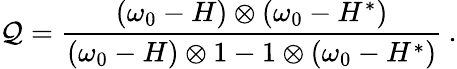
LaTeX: \mathcal Q=\frac{(\omega_{0}-H)\otimes(\omega_{0}-H^{*})}{(\omega_{0}-H)\otimes 1-1\otimes(\omega_{0}-H^{*})}\: .